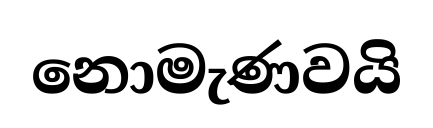
නොමැණවයි